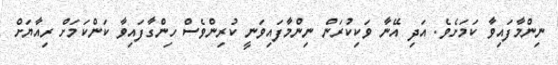
ނިންމާފައިވާ ކަމަށެވެ. އަދި އޭނާ ވަކިކުރަން ނިންމާފައިވަނީ ކުރިންވެސް ހިންގާފައިވާ ކަންކަމަށް ރިއާޔަށް